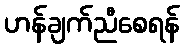
ဟန်ချက်ညီစေရန်